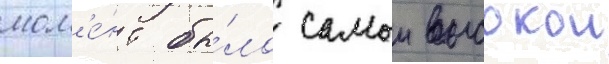
мом'е́нт бы́ло самои высокои